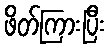
ဖိတ်ကြားပြီး